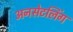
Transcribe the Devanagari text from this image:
अनसेटलिंग